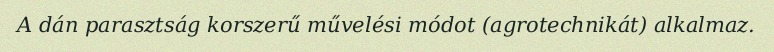
A dán parasztság korszerű művelési módot (agrotechnikát) alkalmaz.